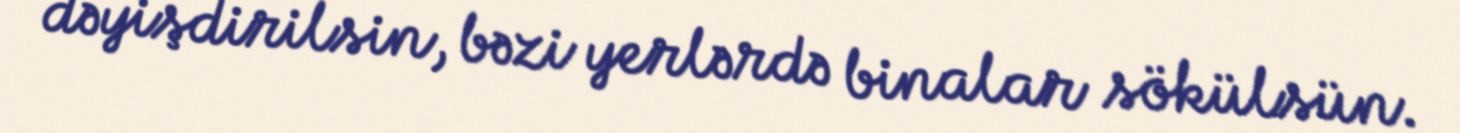
dəyişdirilsin, bəzi yerlərdə binalar sökülsün.